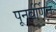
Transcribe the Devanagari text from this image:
पूनर्वर्णित